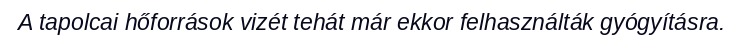
A tapolcai hőforrások vizét tehát már ekkor felhasználták gyógyításra.